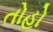
તોહો